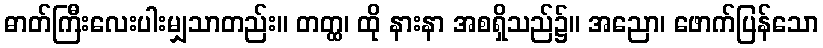
ဓာတ်ကြီးလေးပါးမျှသာတည်း။ တတ္ထ၊ ထို နားနာ အစရှိသည်၌။ အညော၊ ဖောက်ပြန်သော